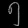
Digit: ၅